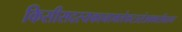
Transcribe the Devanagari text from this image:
किसीसदस्यकानामलेकरउसेअवकारीबताना